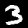
Label: 3